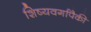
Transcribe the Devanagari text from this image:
शिष्यवर्गापैकी